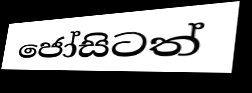
ජෝසිටත්